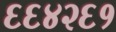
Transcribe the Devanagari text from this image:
६६४२६१